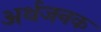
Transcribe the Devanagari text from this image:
अर्थजनक